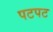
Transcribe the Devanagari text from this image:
पटपट